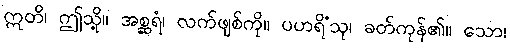
ဣတိ၊ ဤသို့။ အစ္ဆရံ၊ လက်ဖျစ်ကို။ ပဟရိံသု၊ ခတ်ကုန်၏။ သော၊